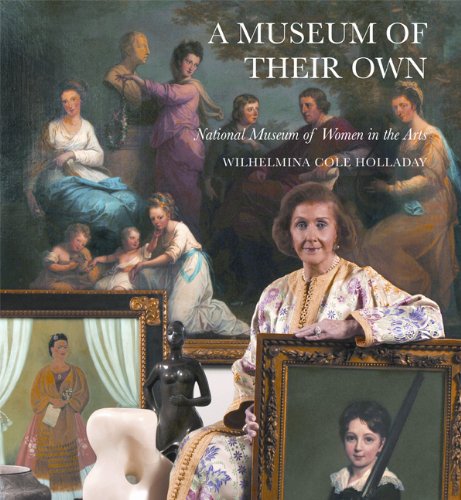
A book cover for A Museum of Their Own: National Museum of Women in the Arts; Wilhelmina Cole Holladay; Business & Money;